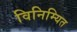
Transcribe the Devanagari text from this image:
विनिम्यित